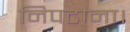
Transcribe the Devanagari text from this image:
निपटाना।